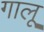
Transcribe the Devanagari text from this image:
गालू